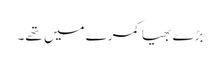
بڑے بھیا کمرے میں تھے۔